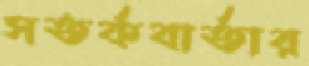
সতর্কবার্তার